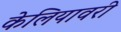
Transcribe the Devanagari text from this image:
केलियावरी